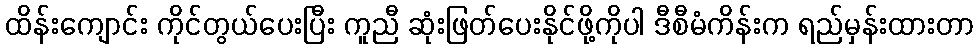
ထိန်းကျောင်း ကိုင်တွယ်ပေးပြီး ကူညီ ဆုံးဖြတ်ပေးနိုင်ဖို့ကိုပါ ဒီစီမံကိန်းက ရည်မှန်းထားတာ